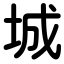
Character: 城